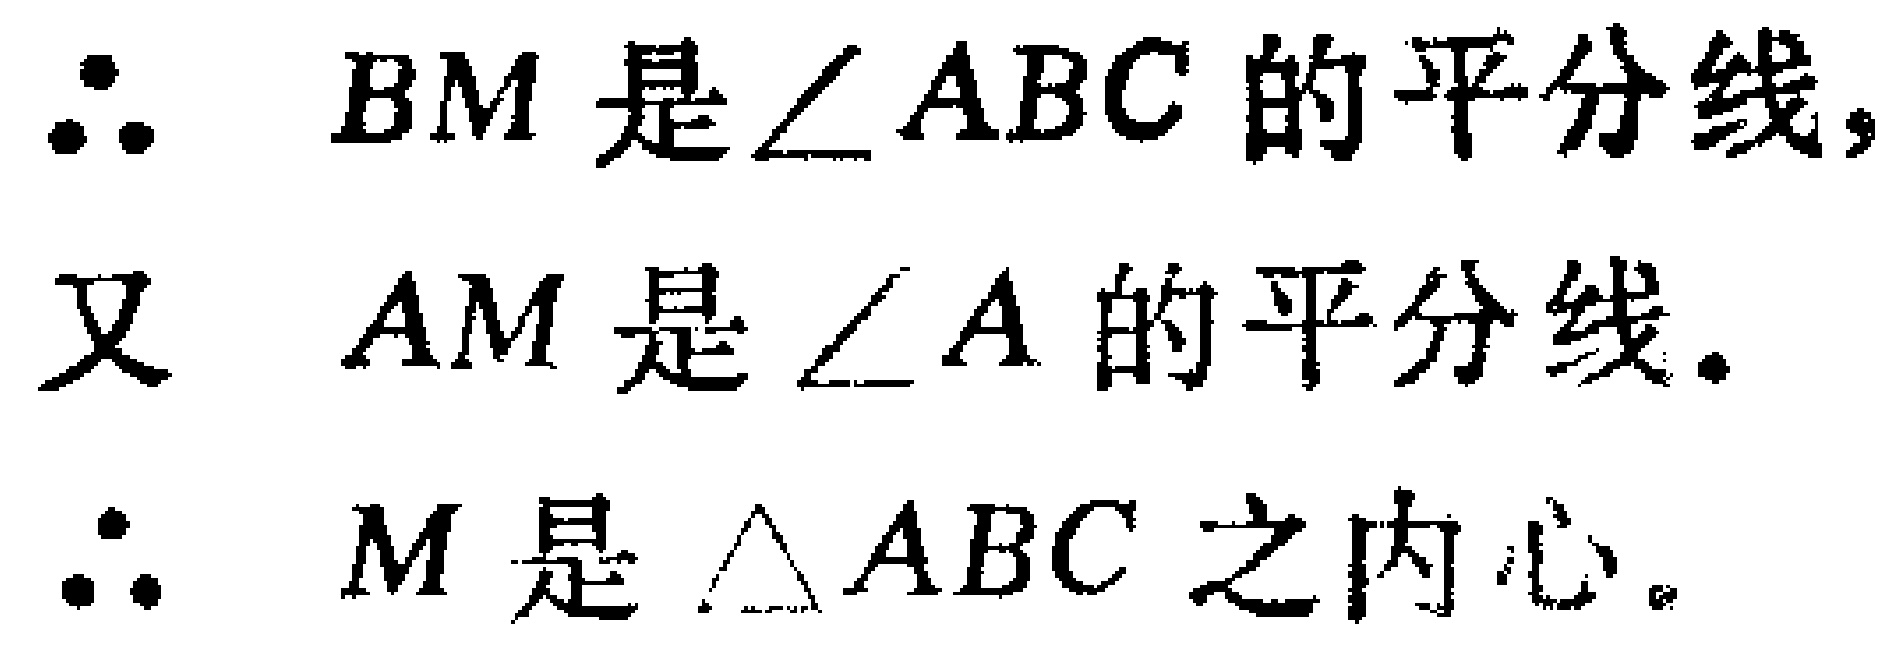
$\therefore$ $BM$ 是 $\angle ABC$ 的平分线,
又 $AM$ 是 $\angle A$ 的平分线.
$\therefore$ $M$ 是 $\triangle ABC$ 之内心.